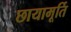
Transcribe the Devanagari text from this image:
छायामूर्ति